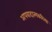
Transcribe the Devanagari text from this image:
अपवादात्मकरित्या